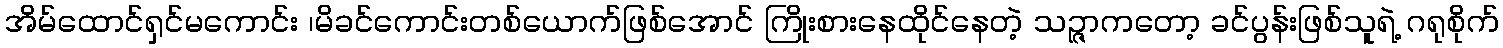
အိမ်ထောင်ရှင်မကောင်း ၊မိခင်ကောင်းတစ်ယောက်ဖြစ်အောင် ကြိုးစားနေထိုင်နေတဲ့ သဉ္ဇာကတော့ ခင်ပွန်းဖြစ်သူရဲ့ ဂရုစိုက်